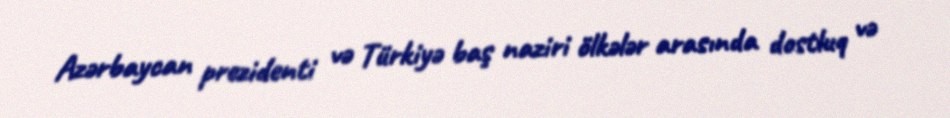
Azərbaycan prezidenti və Türkiyə baş naziri ölkələr arasında dostluq və